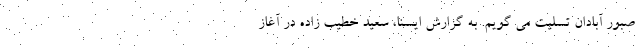
صبور آبادان تسلیت می گویم. به گزارش ایسنا، سعید خطیب زاده در آغاز